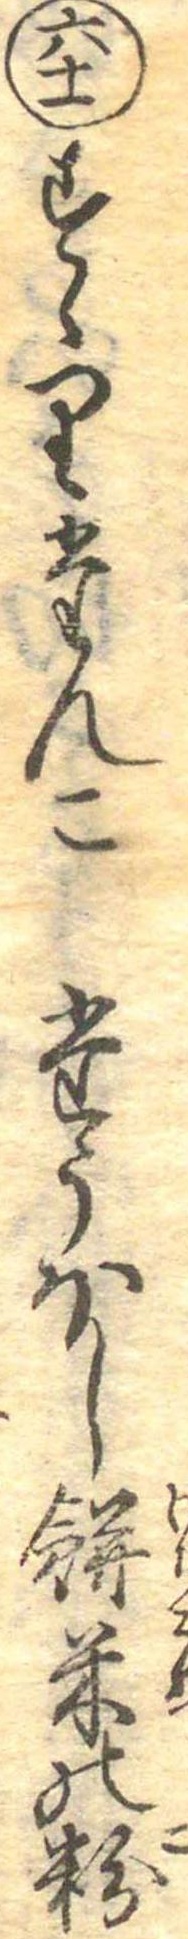
六十一すゝりたんこたうほし餅米の粉